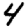
Digit: 4